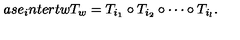
a s e _ { i } n t e r t w } T _ { w } = T _ { i _ { 1 } } \circ T _ { i _ { 2 } } \circ \cdots \circ T _ { i _ { l } } .